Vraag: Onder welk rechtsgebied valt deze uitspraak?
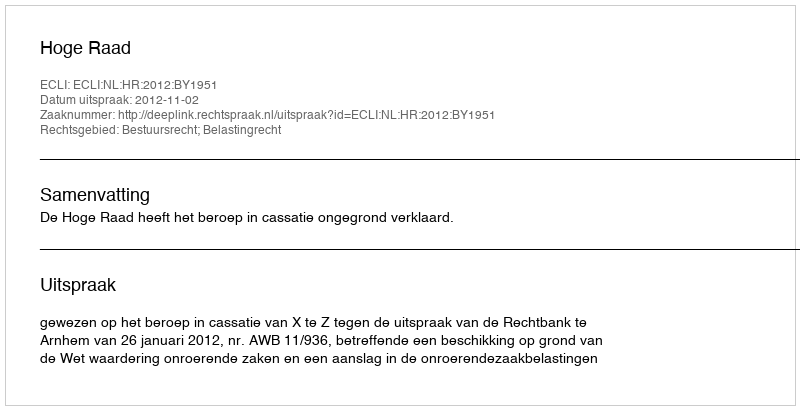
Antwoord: Bestuursrecht; Belastingrecht